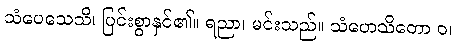
သံပေသေသိ၊ ပြင်းစွာနှင်၏။ ရညာ၊ မင်းသည်။ သံဟေသိတော ဝ၊